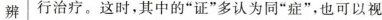
辨 行治疗。这时，其中的”证”多认为同”症”，也可以视